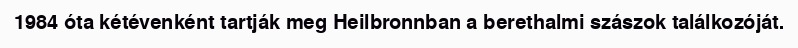
1984 óta kétévenként tartják meg Heilbronnban a berethalmi szászok találkozóját.